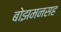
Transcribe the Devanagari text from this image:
बोझमनसह